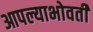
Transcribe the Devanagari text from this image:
आपल्याभोवती